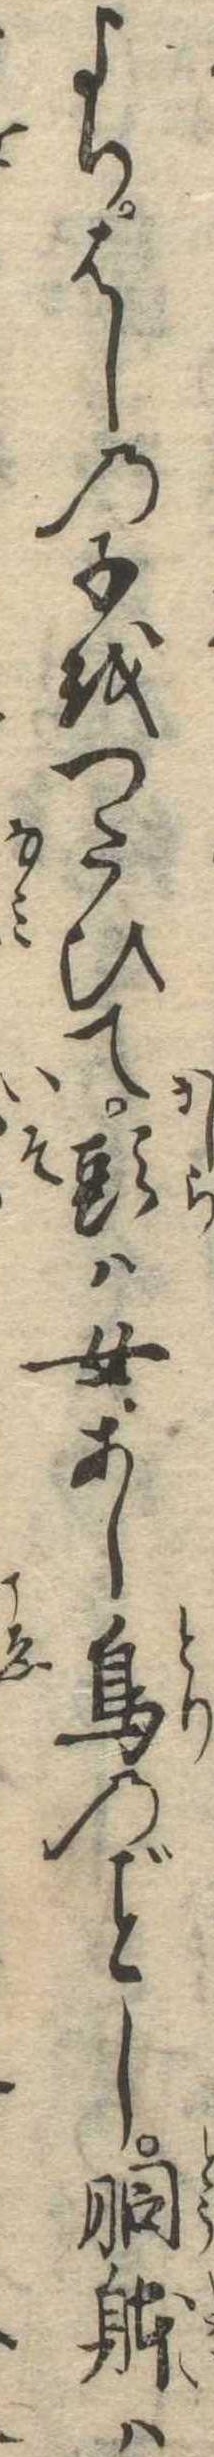
よりはしの子をつたひて頭は女あし鳥のし胴体は